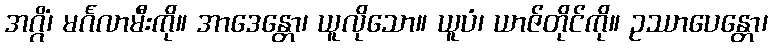
အဂ္ဂိံ၊ မင်္ဂလာမီးကို။ အာဒေန္တော၊ ယူလိုသော။ ယူပံ၊ ယာဇ်တိုင်ကို။ ဥဿာပေန္တော၊